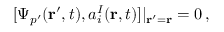
[ \Psi _ { p ^ { \prime } } ( { \bf r } ^ { \prime } , t ) , a _ { i } ^ { I } ( { \bf r } , t ) ] | _ { { \bf r } ^ { \prime } = { \bf r } } = 0 \, ,